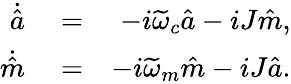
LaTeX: \begin{array}{rlr}{\dot{\hat{a}}}&{{}=}&{-i\widetilde{\omega}_{c}\hat{a}-iJ\hat{m},}\\ {\dot{\hat{m}}}&{{}=}&{-i\widetilde{\omega}_{m}\hat{m}-iJ\hat{a}.}\end{array}